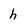
Character: h